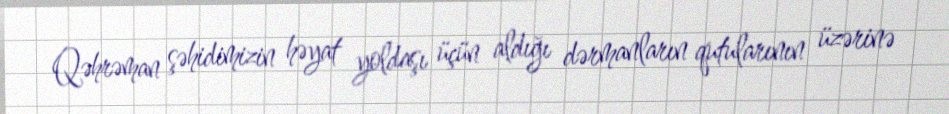
Qəhrəman şəhidimizin həyat yoldaşı üçün aldığı dərmanların qutularının üzərinə